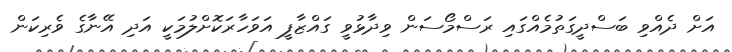
އަށް ދެއްވި ބަސްދީގަތުމެއްގައި ރަސްމޯސަން ވިދާޅުވީ ގައްޒާފީ އަވަހާރަކޮށްލުމަކީ އަދި އޭނާގެ ވެރިކަން